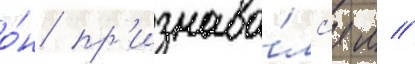
о́н пр'изнава́лс'я л //